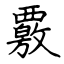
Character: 覈